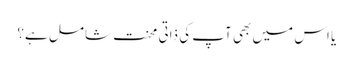
یا اس میں بھی آپ کی ذاتی محنت شامل ہے؟